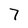
Character: 7